Source: Handwritten
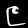
Digit: ၉ (9)